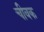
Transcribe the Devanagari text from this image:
चीवक